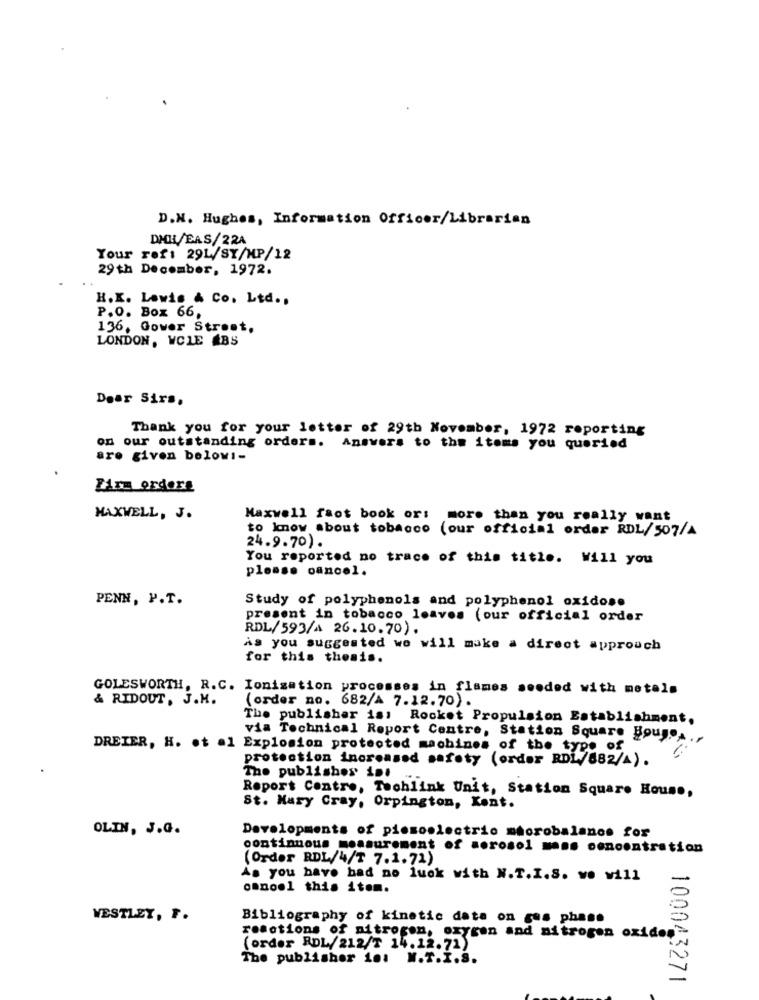
D.N. Hughes, Information Officer/Librarian
DHLL/EAS/224
Your ref: 29L/SY/MP/12
29th December, 1972.
H.K. Lowis & Co. Ltd .,
P.O. Box 66,
136, Gower Street.
LONDON, WCLE ABS
Dear Sirs.
Thank you for your letter of 29th November, 1972 reporting
on our outstanding orders. Answers to the items you queried
are given belowi-
Firm orders
MAXWELL, J.
Maxwell faot book or: more than you really want
to know about tobacco (our official order RDL/507/A
24.9.70).
You reported no trace of this title. Will you
please cancel.
PENN, P.T.
Study of polyphenols and polyphenol oxidose
present in tobacco leaves (our official order
RDL/593/A 26.10.70).
As you suggested we will make a direct approach
for this thesis.
GOLESWORTH, R.C. Ionization processes in flames sooded with metals
& RIDOUT, J.M.
(order no. 682/A 7.12.70).
The publisher is: Rocket Propulsion Establishment.
via Technical Report Centre, Station Square Boug.A .,
DREIER, H. ot al Explosion protected machines of the type of
protection increased safety (order RDL/882/1).
The publisher int
Report Contre, Techlink Unit, Station Square House,
St. Mary Cray, Orpington, Kent.
OLIN, J.G.
Developments of pismoslectric mtorobalance for
continuous measurement of sorosol mass concentration
(Order RDL/4/T 7.1.71)
As you have had no luck with N.T.I.S. we will
omnoel this item.
WESTLEY, F.
Bibliography of kinetic date on gus phase
reactions of nitrogen, oxygen and nitrogen oxide
(order RDL/212/T 14.12.71)
The publisher in: N.T.I.S.
100043271